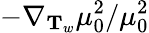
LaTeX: -\nabla_{\mathbf{T}_{w}}\mu_{0}^{2}/\mu_{0}^{2}